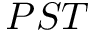
P S T